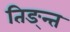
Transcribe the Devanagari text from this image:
तिङ्न्त